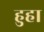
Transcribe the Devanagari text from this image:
हुहा